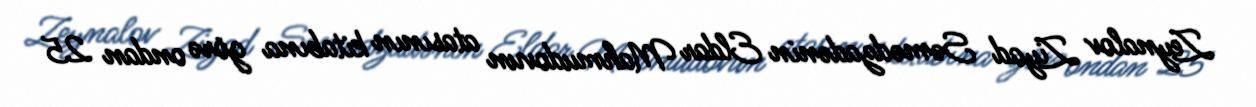
Zeynalov Ziyad Səmədzadənin Eldar Mahmudovun atasının kitabına görə ondan 25